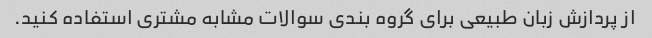
از پردازش زبان طبیعی برای گروه بندی سوالات مشابه مشتری استفاده کنید.